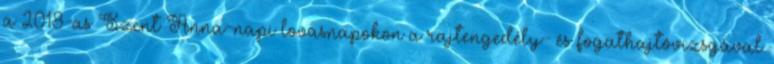
a 2018-as Szent Anna-napi lovasnapokon a rajtengedély- és fogathajtóvizsgával